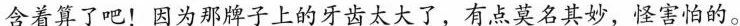
含着算了罢！因为那牌子上的牙齿太大了，有点莫名其妙，怪害怕的。